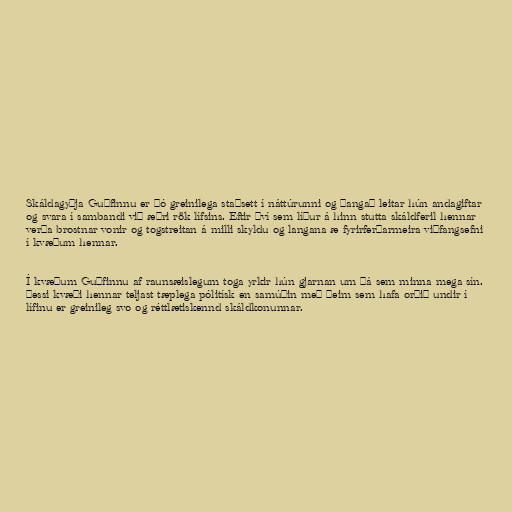
Skáldagyðja Guðfinnu er þó greinilega staðsett í náttúrunni og þangað leitar hún andagiftar
og svara í sambandi við æðri rök lífsins. Eftir því sem líður á hinn stutta skáldferil hennar
verða brostnar vonir og togstreitan á milli skyldu og langana æ fyrirferðarmeira viðfangsefni
í kvæðum hennar.

Í kvæðum Guðfinnu af raunsæislegum toga yrkir hún gjarnan um þá sem minna mega sín.
Þessi kvæði hennar teljast tæplega pólitísk en samúðin með þeim sem hafa orðið undir í
lífinu er greinileg svo og réttlætiskennd skáldkonunnar.